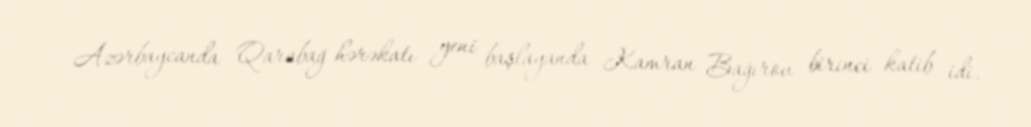
Azərbaycanda Qarabağ hərəkatı yeni başlayanda Kamran Bağırov birinci katib idi.